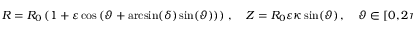
R = R _ { 0 } \left( 1 + \varepsilon \cos \left( \vartheta + \arcsin ( \delta ) \sin ( \vartheta ) \right) \right) \, , \quad Z = R _ { 0 } \varepsilon \kappa \sin ( \vartheta ) \, , \quad \vartheta \in [ 0 , 2 \pi ] ,